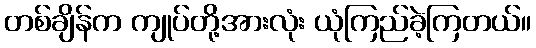
တစ်ချိန်က ကျုပ်တို့အားလုံး ယုံကြည်ခဲ့ကြတယ်။